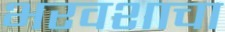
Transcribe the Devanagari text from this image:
भरवशाचा